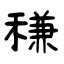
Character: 稴